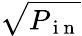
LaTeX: \sqrt{P_{\mathrm{~i~n~}}}